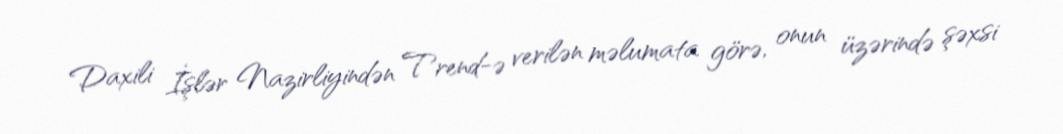
Daxili İşlər Nazirliyindən Trend-ə verilən məlumata görə, onun üzərində şəxsi